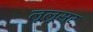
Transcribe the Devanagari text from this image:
लूलूसर